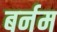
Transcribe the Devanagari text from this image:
बर्नम